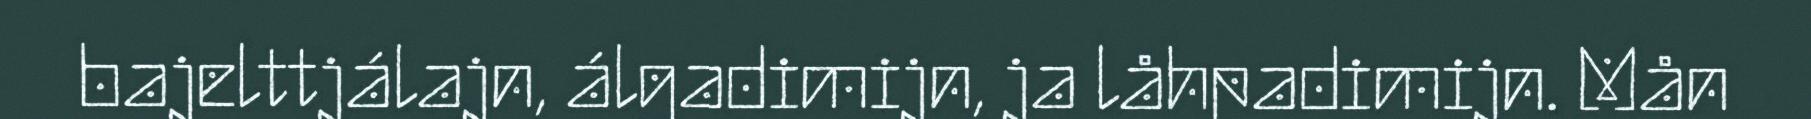
bajelttjálajn, álgadimijn, ja låhpadimijn. Mån